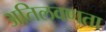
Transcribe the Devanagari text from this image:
अतिलवणता